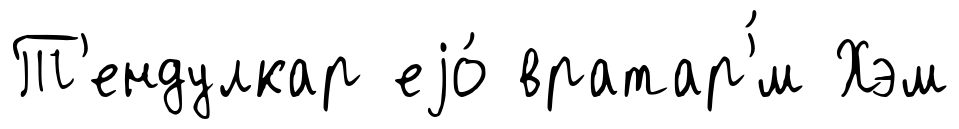
Т'ендулкар еjо́ вратар'́м Хэм